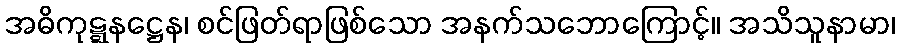
အဓိကုဋ္ဋနဋ္ဌေန၊ စင်ဖြတ်ရာဖြစ်သော အနက်သဘောကြောင့်။ အသိသူနာမာ၊